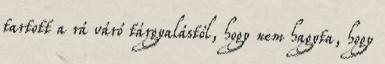
tartott a rá váró tárgyalástól, hogy nem hagyta, hogy